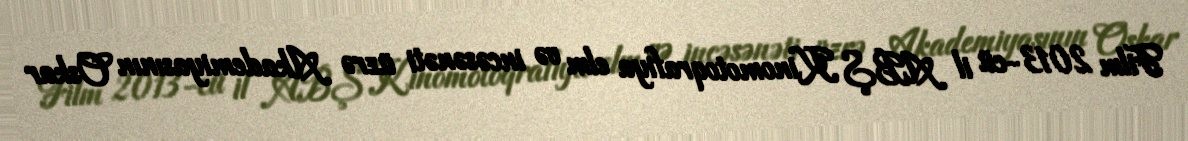
Film 2013-cü il ABŞ Kinomotoqrafiya elm və incəsənəti üzrə Akademiyasının Oskar